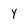
Character: Y